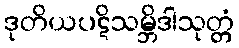
ဒုတိယပဋိသမ္ဘိဒါသုတ္တံ